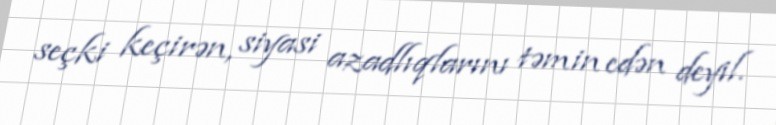
seçki keçirən, siyasi azadlıqlarını təmin edən deyil.